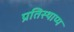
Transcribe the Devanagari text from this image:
प्रतिस्थाप्य